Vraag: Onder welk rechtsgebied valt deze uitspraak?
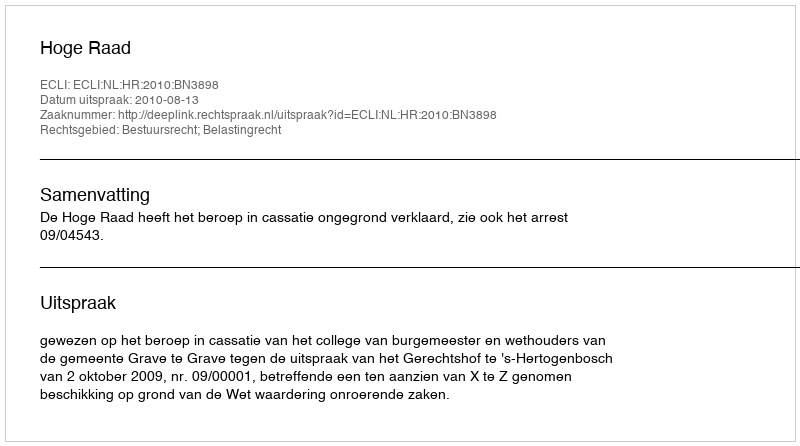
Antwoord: Bestuursrecht; Belastingrecht